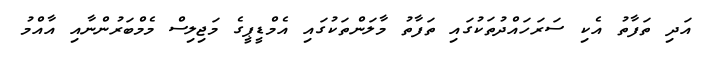
އަދި ތަފާތު އެކި ސަރަހައްދުތަކުގައި ތަފާތު މާލަންތަކުގައި އެމްޑީޕީގެ މަޖިލިސް މެމްބަރުންނާއި އާއްމު